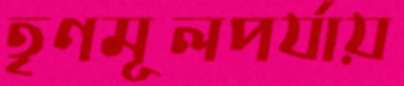
তৃণমূলপর্যায়